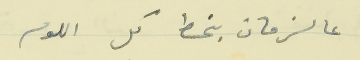
عالزمان بنحط كل اللوم